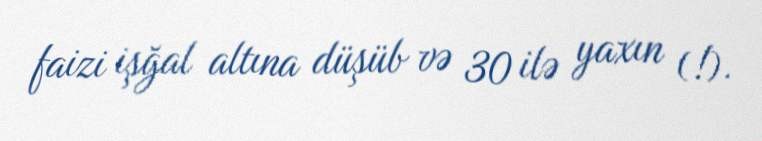
faizi işğal altına düşüb və 30 ilə yaxın (!).